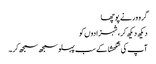
گرو ور نے پوچھا
دیکھ دیکھ کر، شہزادوں کو
آپ کی شکھشا کے سب پہلو سمجھ سمجھ کر ۔